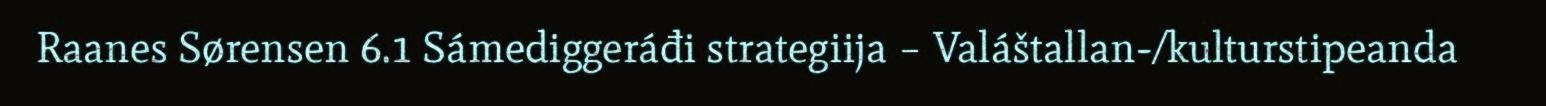
Raanes Sørensen 6.1 Sámediggeráđi strategiija – Valáštallan-/kulturstipeanda